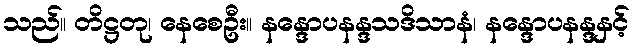
သည်။ တိဋ္ဌတု၊ နေစေဦး။ နန္ဒောပနန္ဒသဒိသာနံ၊ နန္ဒောပနန္ဒနှင့်